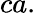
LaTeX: ca.